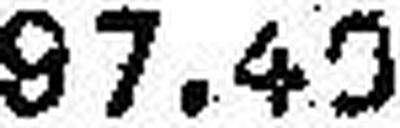
97.40